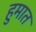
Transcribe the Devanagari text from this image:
हुमात